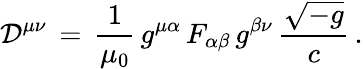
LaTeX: {\mathcal{D}}^{\mu\nu}\, =\, {\frac{1}{\mu_{0}}}\, g^{\mu\alpha}\, F_{\alpha\beta}\, g^{\beta\nu}\, {\frac{\sqrt{-g}}{c}}\, .